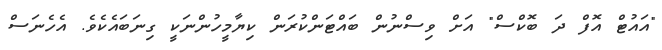
"އައުޓް އޮފް ދަ ބޮކްސް" އަށް ވިސްނުން ބައްޓަންކުރަން ކިޔާމީހުންނަކީ ގިނަބައެކެވެ. އެހެނަސް